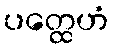
ပတ္ထေဟံ